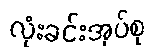
လုံးခင်းအုပ်စု